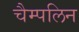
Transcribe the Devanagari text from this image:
चैम्पलिन